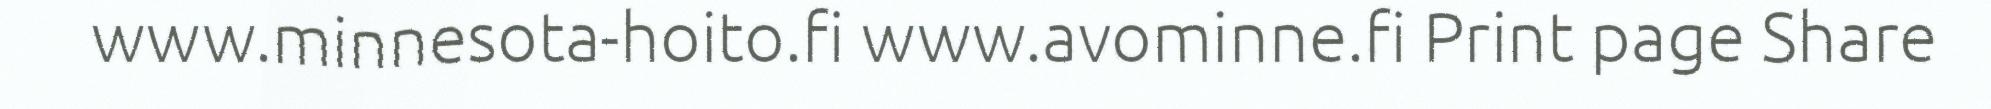
www.minnesota-hoito.fi www.avominne.fi Print page Share